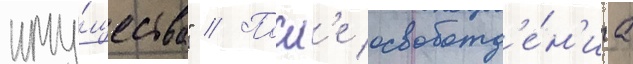
иму́щества" // Посл'е освобожд'е́н'иа